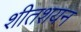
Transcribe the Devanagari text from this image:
शीतशयन